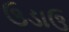
ઉડાઉ